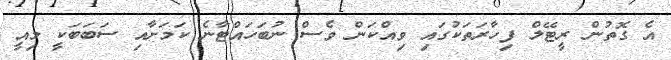
އެ ގޮތުން ރީޓޭލް ފިހާރަތަކުގައި ވިއްކަން ވެސް ނުބަހައްޓާނެ ކަމަށާއި ސަބަބަކީ މިއީ